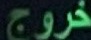
خروج